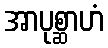
အာပုစ္ဆာဟံ